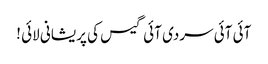
آئی آئی سردی آئی گیس کی پریشانی لائی !